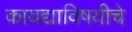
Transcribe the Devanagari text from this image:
कायद्याविषयीचे